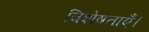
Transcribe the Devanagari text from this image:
विशेषताएँ।